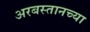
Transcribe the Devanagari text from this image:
अरबस्तानच्या